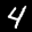
Label: 4